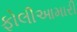
ફોલીઆમારી